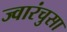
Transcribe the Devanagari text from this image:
ज्वारंचुसा